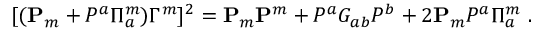
[ ( { \bf P } _ { m } + P ^ { a } \Pi _ { a } ^ { m } ) \Gamma ^ { m } ] ^ { 2 } = { \bf P } _ { m } { \bf P } ^ { m } + P ^ { a } G _ { a b } P ^ { b } + 2 { \bf P } _ { m } P ^ { a } \Pi _ { a } ^ { m } \ .